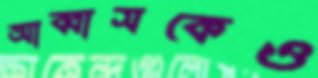
আব্বাসকেও